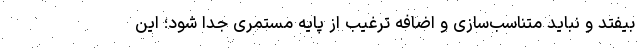
بیفتد و نباید متناسب‌سازی و اضافه ترغیب از پایه مستمری جدا شود؛ این